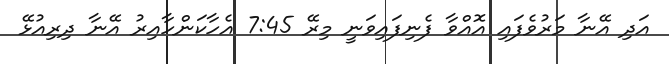
އަދި އޭނާ މަރުވެފައި އޮއްވާ ފެނިފައިވަނީ މިރޭ 7:45 އެހާކަންހާއިރު އޭނާ ދިރިއުޅޭ